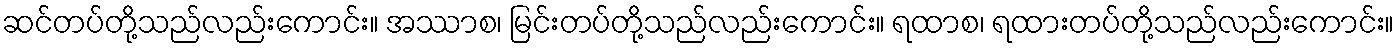
ဆင်တပ်တို့သည်လည်းကောင်း။ အဿာစ၊ မြင်းတပ်တို့သည်လည်းကောင်း။ ရထာစ၊ ရထားတပ်တို့သည်လည်းကောင်း။